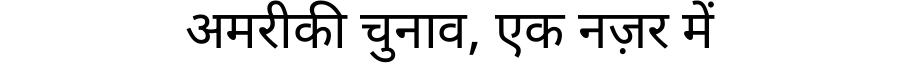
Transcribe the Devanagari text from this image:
अमरीकी चुनाव, एक नज़र में